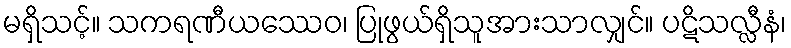
မရှိသင့်။ သကရဏီယဿေဝ၊ ပြုဖွယ်ရှိသူအားသာလျှင်။ ပဋိသလ္လီနံ၊